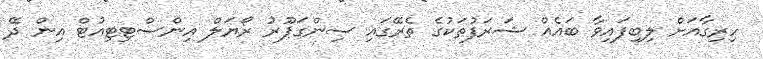
ހިރިގާއަށް ލިބިފައިވާ ބައެއް ޝަރަފުތަކުގެ ތެރޭގައި ސިންގަޕޫރު ރޯޔަލް އިންސްޓިޓިއުޓް އިން ދޭ